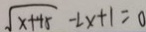
\sqrt { x + 4 5 } - 2 x + 1 = 0